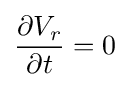
{\partial V_{r} \over \partial t}=0